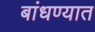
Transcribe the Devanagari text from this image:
बांधण्‍यात